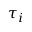
\tau _ { i }